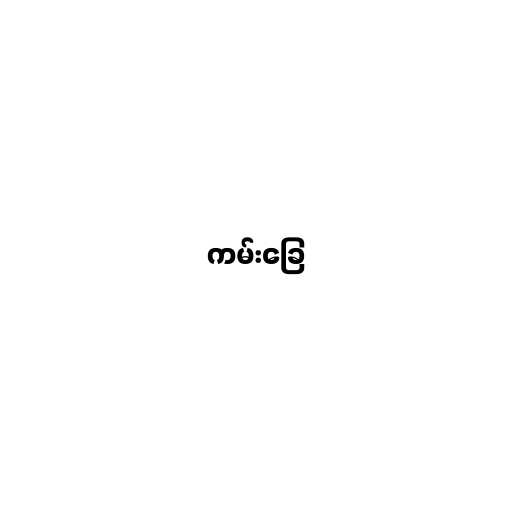
ကမ်းခြေ